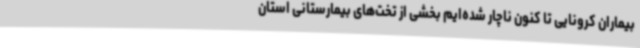
بیماران کرونایی تا کنون ناچار شده‌ایم بخشی از تخت‌های بیمارستانی استان